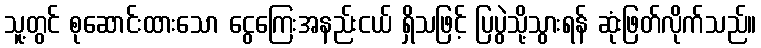
သူ့တွင် စုဆောင်းထားသော ငွေကြေးအနည်းငယ် ရှိသဖြင့် ပြပွဲသို့သွားရန် ဆုံးဖြတ်လိုက်သည်။